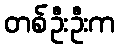
တစ်ဦးဦးက